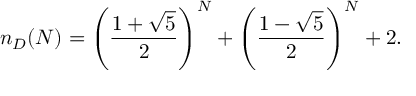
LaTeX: n _ { D } ( N ) = \left( \frac { 1 + \sqrt 5 } { 2 } \right) ^ { N } + \left( \frac { 1 - \sqrt 5 } { 2 } \right) ^ { N } + 2 .